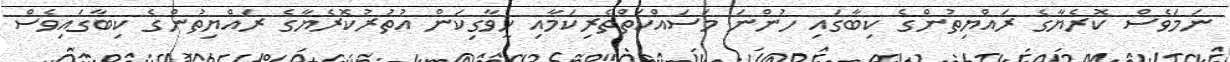
ނަމަވެސް ކޮރެޔާގެ ރައްޔިތުންގެ ކިބާގައި ހުންނަ މަސައްކަތްތެރިކަމާއި ހީވާގިކަން އުތުރުކޮރެޔާގެ ރައްޔިތުންގެ ކިބާގައިވެސް